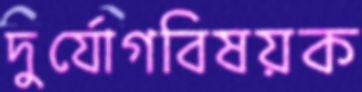
দুর্যোগবিষয়ক